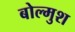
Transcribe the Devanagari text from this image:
बोल्मुश